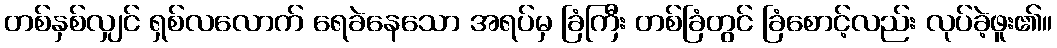
တစ်နှစ်လျှင် ရှစ်လလောက် ရေခဲနေသော အရပ်မှ ခြံကြီး တစ်ခြံတွင် ခြံစောင့်လည်း လုပ်ခဲ့ဖူး၏။